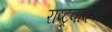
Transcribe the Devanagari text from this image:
राष्ट्रवादचा